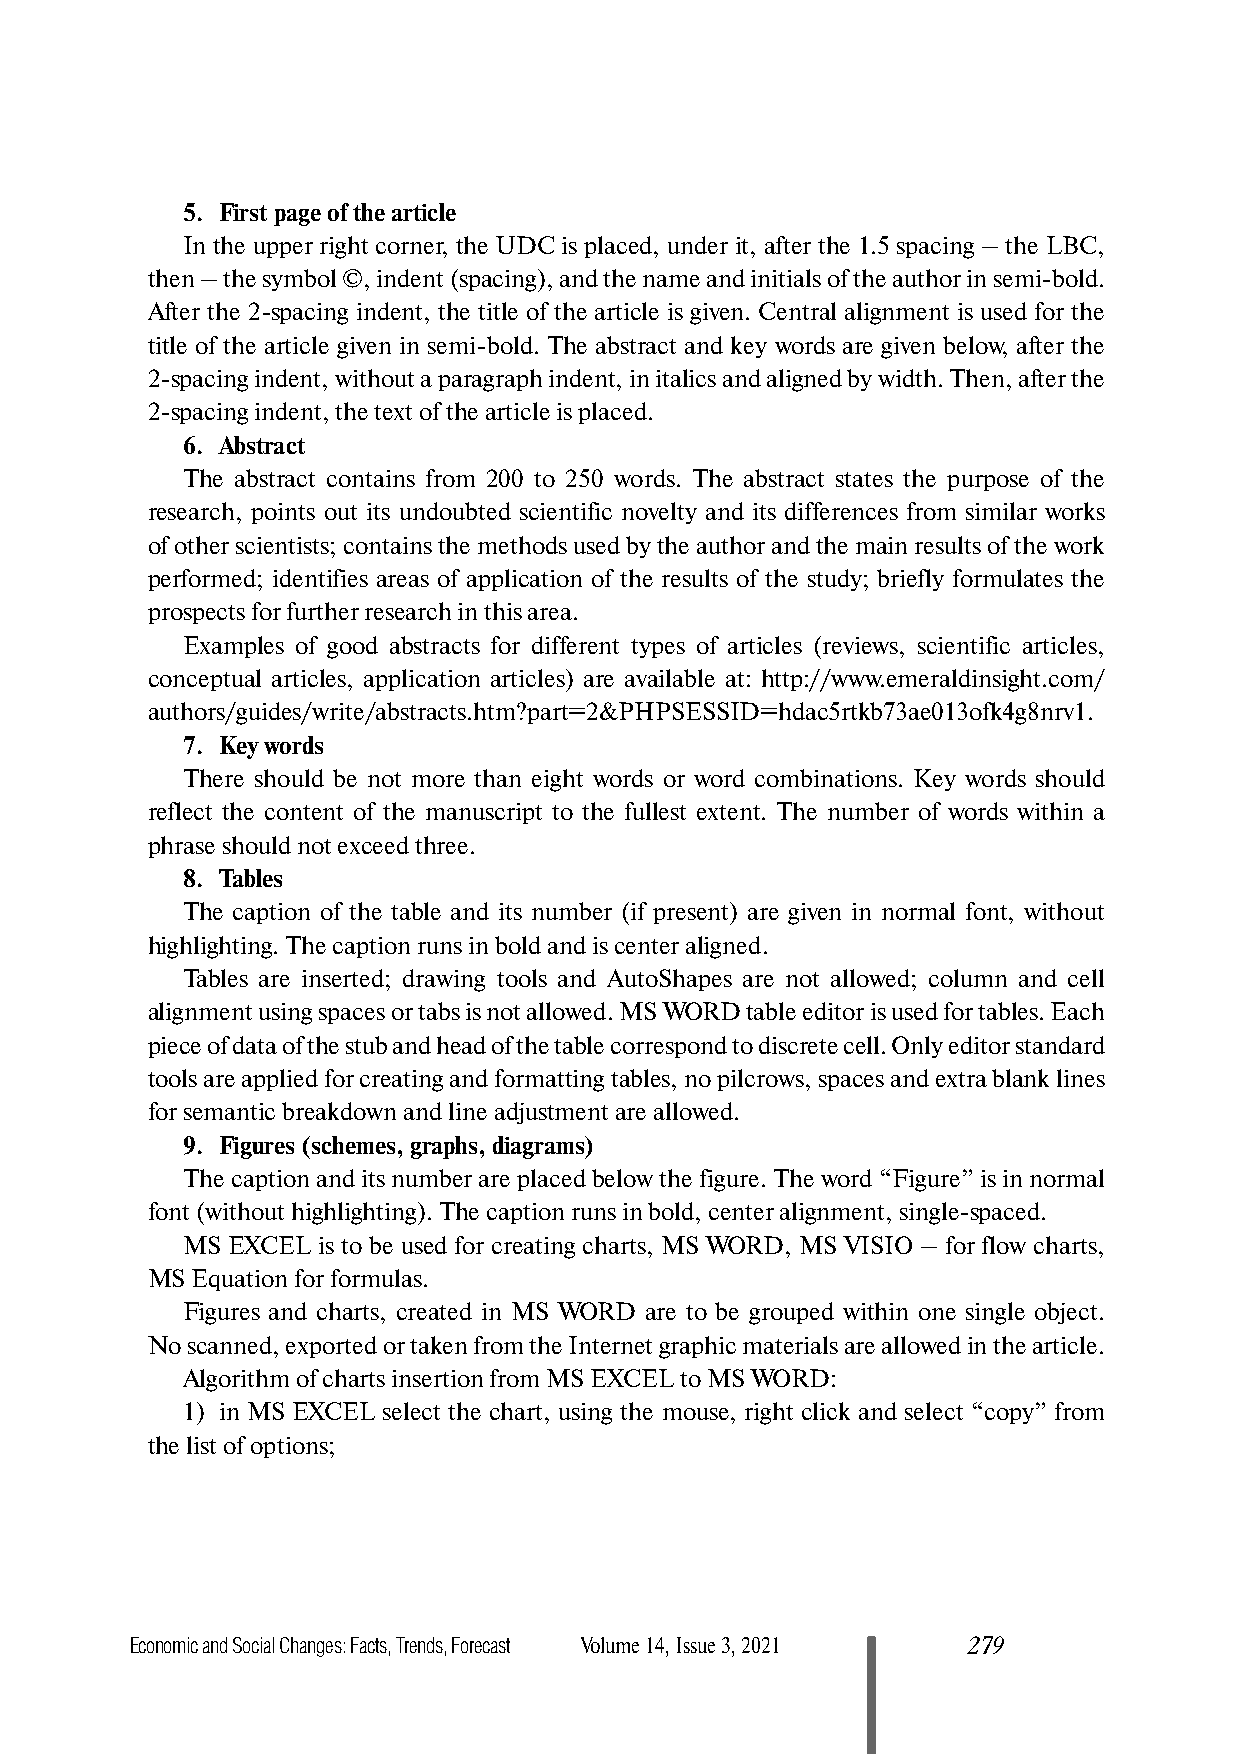
5. First page of the article
 In the upper right corner, the UDC is placed, under it, after the 1.5 spacing – the LBC,
 then – the symbol ©, indent (spacing), and the name and initials of the author in semi­bold.
 After the 2­spacing indent, the title of the article is given. Central alignment is used for the
 title of the article given in semi­bold. The abstract and key words are given below, after the
 2­spacing indent, without a paragraph indent, in italics and aligned by width. Then, after the
 2­spacing indent, the text of the article is placed.
 6. Abstract
 The abstract contains from 200 to 250 words. The abstract states the purpose of the
 research, points out its undoubted scientific novelty and its differences from similar works
 of other scientists; contains the methods used by the author and the main results of the work
 performed; identifies areas of application of the results of the study; briefly formulates the
 prospects for further research in this area.
 Examples of good abstracts for different types of articles (reviews, scientific articles,
 conceptual articles, application articles) are available at: http://www.emeraldinsight.com/
 authors/guides/write/abstracts.htm?part=2&PHPSESSID=hdac5rtkb73ae013ofk4g8nrv1.
 7. Key words
 There should be not more than eight words or word combinations. Key words should
 reflect the content of the manuscript to the fullest extent. The number of words within a
 phrase should not exceed three.
 8. Tables
 The caption of the table and its number (if present) are given in normal font, without
 highlighting. The caption runs in bold and is center aligned.
 Tables are inserted; drawing tools and AutoShapes are not allowed; column and cell
 alignment using spaces or tabs is not allowed. MS WORD table editor is used for tables. Each
 piece of data of the stub and head of the table correspond to discrete cell. Only editor standard
 tools are applied for creating and formatting tables, no pilcrows, spaces and extra blank lines
 for semantic breakdown and line adjustment are allowed.
 9. Figures (schemes, graphs, diagrams)
 The caption and its number are placed below the figure. The word “Figure” is in normal
 font (without highlighting). The caption runs in bold, center alignment, single­spaced.
 MS EXCEL is to be used for creating charts, MS WORD, MS VISIO – for flow charts,
 MS Equation for formulas.
 Figures and charts, created in MS WORD are to be grouped within one single object.
 No scanned, exported or taken from the Internet graphic materials are allowed in the article.
 Algorithm of charts insertion from MS EXCEL to MS WORD:
 1) in MS EXCEL select the chart, using the mouse, right click and select “copy” from
 the list of options;
 Economic and Social Changes: Facts, Trends, Forecast Volume 14, Issue 3, 2021 279